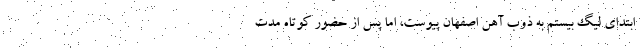
ابتدای لیگ بیستم به ذوب آهن اصفهان پیوست، اما پس از حضور کوتاه مدت